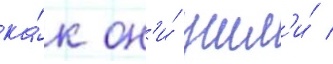
ка́к он'и́ ушл'и́ /